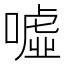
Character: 噓